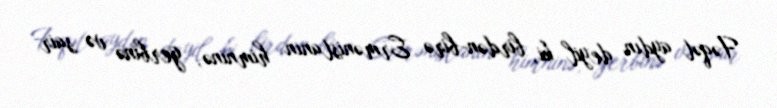
Fəqət aydın deyil ki, birdən-birə Ermənistanın himninə, gerbinə və sair